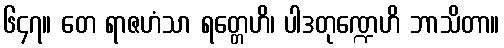
၆၄၇။ တေ ရာဇဟံသာ ရတ္တေဟိ၊ ပါဒတုဏ္ဍေဟိ ဘာသိတာ။